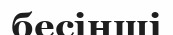
бесінші